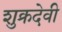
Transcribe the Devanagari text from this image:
शुक्रदेवी